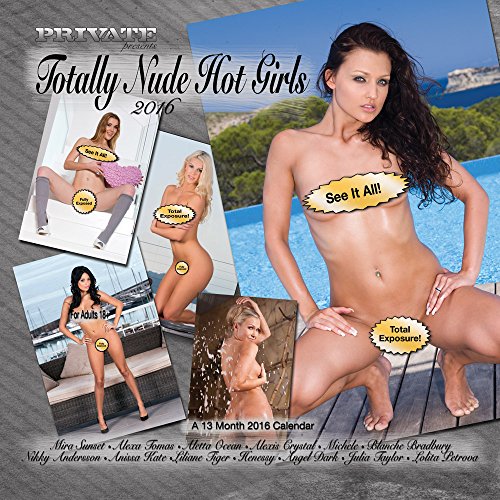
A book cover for Private Presents Totally Nude Hot Girls 2016 Calendar - Hot Chick & Girl Girl; Private Media; Calendars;